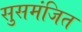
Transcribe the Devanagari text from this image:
सुसमंजित